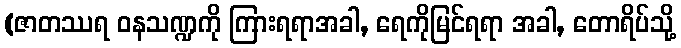
(ဇာတဿရ ဝနသဏ္ဍကို ကြားရရာအခါ, ရေကိုမြင်ရရာ အခါ, တောရိပ်သို့